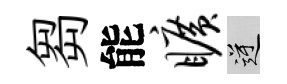
芻能旷逆